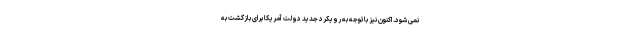
نمی شود. اکنون نیز باتوجه به رویکرد جدید دولت آمریکا برای بازگشت به